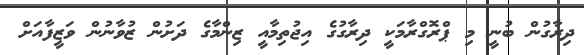
ދިރާގުން ބުނީ މި ޕްރޮގްރާމަކީ ދިރާގުގެ އިޖުތިމާއީ ޒިންމާގެ ދަށުން ޒުވާނުން ވަޒީފާއަށް